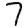
Digit: 7